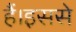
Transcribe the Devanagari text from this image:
हैं।इससे